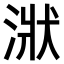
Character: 𣶍